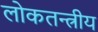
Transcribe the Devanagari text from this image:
लोकतन्त्रीय